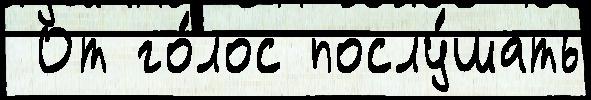
 От го́лос послу́шать